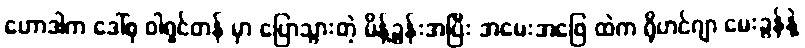
ဟောဒါက ဒေါ်စု ဝါရှင်တန် မှာ ပြောသွားတဲ့ မိန့်ခွန်းအပြီး အမေးအဖြေ ထဲက ရိုဟင်ဂျာ မေးခွန်နဲ့